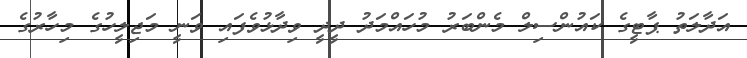
އަދާލަތު ޕާޓީގެ ކައުންސިލް މެންބަރު މުހައްމަދު ދީދީ ވިދާޅުވެފައި ވަނީ މަޖިލީހުގެ މިހާރުގެ